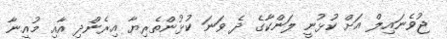
ޖުވެނައިލް އަށް ކުޅުނީ ލަންކާގެ ދެ ވަނަ ކުޅުންތެރިޔާ އިރެންދި އާއި މުއީނާ